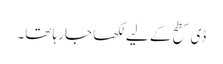
ڈی سطح کے لیے لکھا جا رہا تھا۔